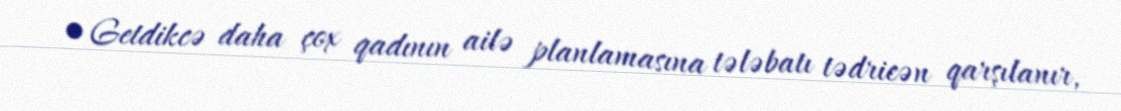
• Getdikcə daha çox qadının ailə planlamasına tələbatı tədricən qarşılanır,